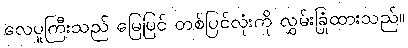
လေပူကြီးသည် မြေပြင် တစ်ပြင်လုံးကို လွှမ်းခြုံထားသည်။